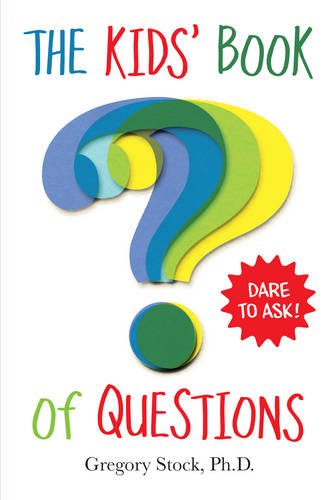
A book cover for The Kids' Book of Questions; Gregory Stock Ph.D.; Children's Books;